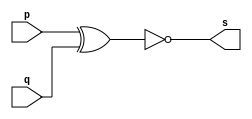
// Exercicio 3 - XNOR 
// Nome: Thaise Souto Martins

// ------------------------- 
// -- xnor gate 
// ------------------------- 
module xnorgate (output s, input p, input q);  
	assign s = ~(p ^ q); 
endmodule 

// ------------------------- 
// -- test xnor gate 
// ------------------------- 
module testxnorgate; 
	reg a,b; 	 
	wire s; 
	xnorgate XNOR1 (s, a, b); 
	
	initial begin:start 
		a=0;b=0; // valor inicial 
	end 

	initial begin:main 
		$display("Exercicio 3 - Thaise Souto Martins - 395504"); 
		$display("Test XNOR Gate:"); 
		$display("\n ~(a ^ b) = s\n");
		$monitor("%b ~^ %b = %b", a,b,s);
		#1 a=0; b=0; 
		#1 a=0; b=1;
		#1 a=1; b=0;  
		#1 a=1; b=1; 
	end 
endmodule